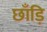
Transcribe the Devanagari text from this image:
छाँड़ि